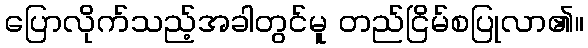
ပြောလိုက်သည့်အခါတွင်မူ တည်ငြိမ်စပြုလာ၏။